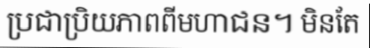
ប្រជាប្រិយភាពពីមហាជន។ មិនតែ